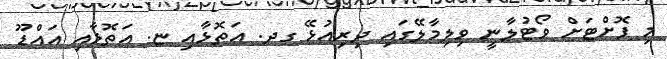
މި ފޮށްޓަށް ވޯޓުލާނީ ވިލިމާލޭގައި ދިރިއުޅޭ ގދ. އަތޮޅާއި ޏ. އަތޮޅާއި އައްޑޫ